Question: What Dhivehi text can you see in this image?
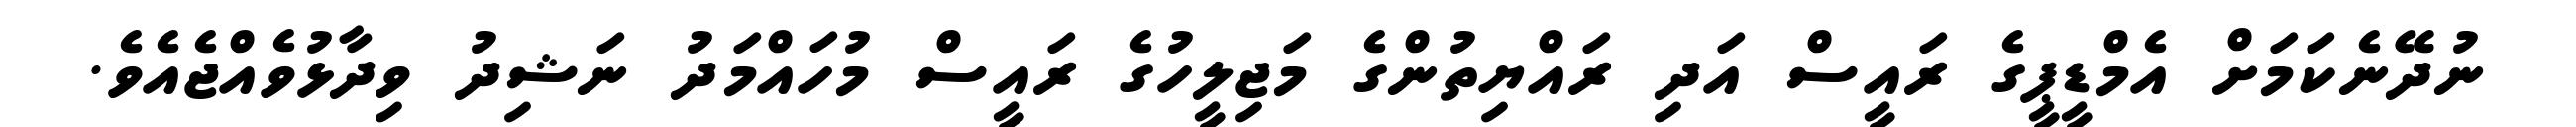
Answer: ނުދޭނެކަމަށް އެމްޑީޕީގެ ރައީސް އަދި ރައްޔިތުންގެ މަޖިލީހުގެ ރައީސް މުހައްމަދު ނަޝިދު ވިދާޅުވެއްޖެއެވެ.